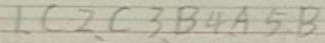
1 , C 2 , C 3 , B , 4 A 5 , B